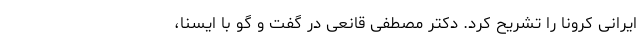
ایرانی کرونا را تشریح کرد. دکتر مصطفی قانعی در گفت و گو با ایسنا،